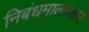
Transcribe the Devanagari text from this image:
निबंधमालाकार